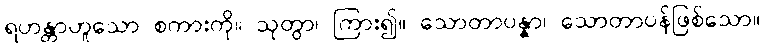
ရဟန္တာဟူသော စကားကို။ သုတွာ၊ ကြား၍။ သောတာပန္နာ၊ သောတာပန်ဖြစ်သော။